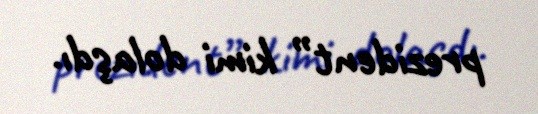
prezident” kimi dolaşdı.